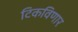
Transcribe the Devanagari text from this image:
टिकविणार